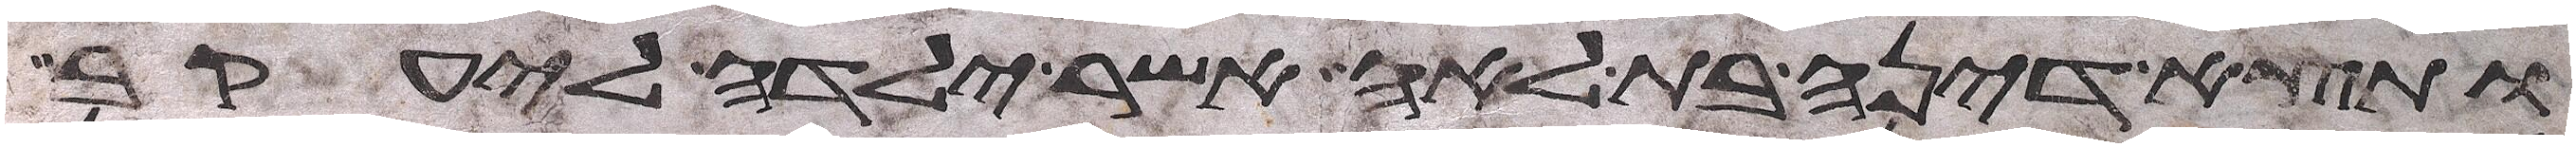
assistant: ותצא דינה בת לאה אשר ילדה ליעקב